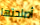
أصلحتها